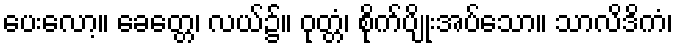
ပေးလော့။ ခေတ္တေ၊ လယ်၌။ ဝုတ္တံ၊ စိုက်ပျိုးအပ်သော။ သာလိဒိကံ၊